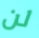
لن